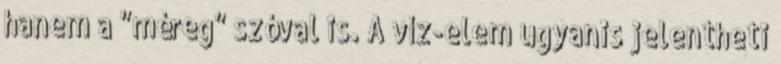
hanem a "méreg" szóval is. A víz-elem ugyanis jelentheti